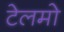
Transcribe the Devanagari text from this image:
टेलमो